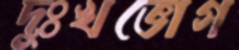
দুঃখভোগ